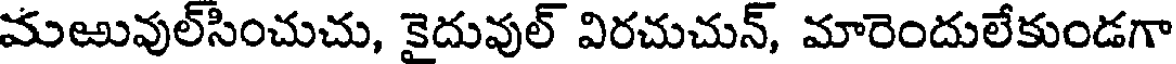
మఱువుల్సించుచు, కైదువుల్ విరచుచున్, మారెందులేకుండగా